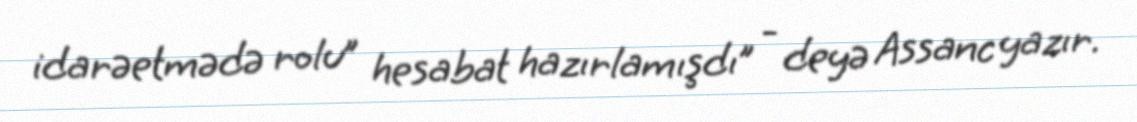
idarəetmədə rolu” hesabat hazırlamışdı” - deyə Assanc yazır.